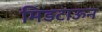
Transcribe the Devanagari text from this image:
मिडटाऊन